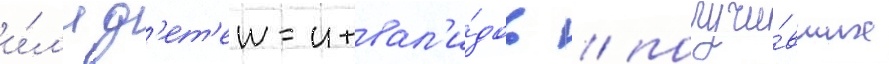
и́л'и д'ет'еи-инвал'и́дов / получи́вших